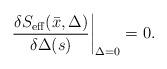
LaTeX: \begin{align*}\left. {\delta S_{\rm eff}(\bar x,\Delta) \over \delta\Delta(s)}\right\vert_{\Delta=0} = 0. \end{align*}